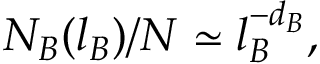
N _ { B } ( l _ { B } ) / N \simeq l _ { B } ^ { - d _ { B } } ,